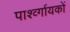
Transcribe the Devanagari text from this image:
पार्श्व्गायकों